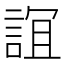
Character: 𧨏